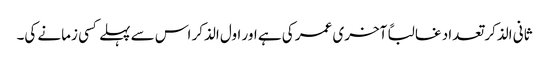
ثانی الذکر تعداد غالباً آخری عمر کی ہے اور اول الذکر اس سے پہلے کسی زمانے کی۔